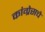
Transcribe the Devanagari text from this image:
कांग्रेसचे